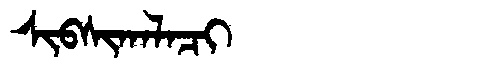
Manchu: ᠰᡳᠪᠰᡳᡴᠠᠯᠠᠴᡳ
Romanization: SIBSIKALACI